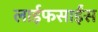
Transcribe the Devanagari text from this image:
लाईफसाईंस